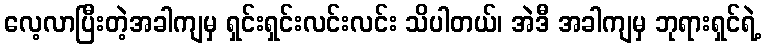
လေ့လာပြီးတဲ့အခါကျမှ ရှင်းရှင်းလင်းလင်း သိပါတယ်၊ အဲဒီ အခါကျမှ ဘုရားရှင်ရဲ့